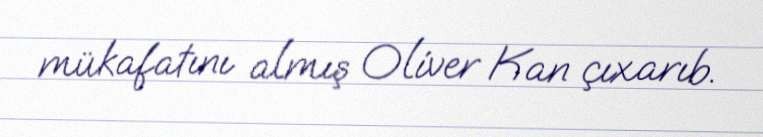
mükafatını almış Oliver Kan çıxarıb.